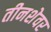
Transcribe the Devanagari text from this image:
तीनशेवर